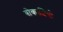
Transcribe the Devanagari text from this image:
बोकाशियो